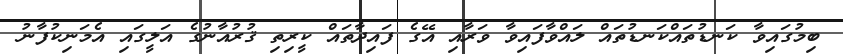
ބިމުގައިވާ ކަނޑުތައްކަނޑުތައް ލައްވާފައިވާ ވަރާއި އޭގެ ފައިދާތައް ކީރިތި ޤުރުއާނުގެ އަލީގައި އެމަނިކުފާނު